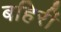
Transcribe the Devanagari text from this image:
बहिरीं